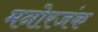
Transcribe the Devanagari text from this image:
मनोरजंक